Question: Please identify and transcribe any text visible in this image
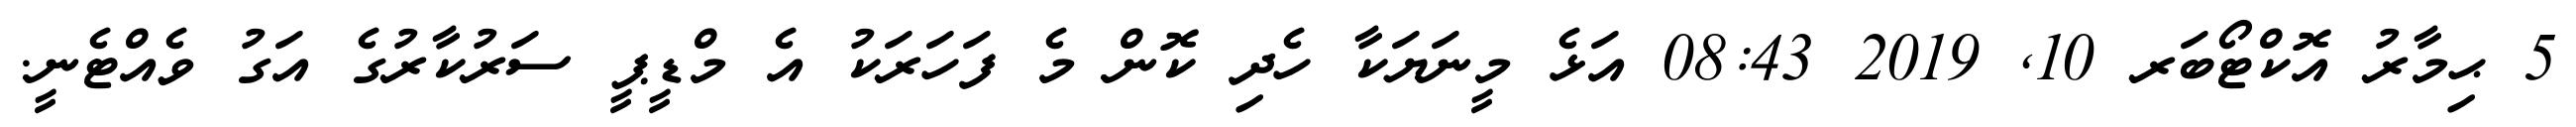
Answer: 5 ޙިމާރު އޮކްޓޯބަރ 10, 2019 08:43 އަޅެ މީނަޔަކާ ހެދި ކޮން މެ ފަހަރަކު އެ މްޑީޕީ ސަރުކާރުގެ އަގު ވެއްޓެނީ.